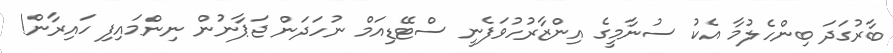
ބާރުގަދަ ބިންހެލުމާ އެކު ސުނާމީގެ އިންޒާރުހުވަފެނީ ސްޓޭޑިއަމް ނުހަދަން ޖަޕާނުން ނިންމައިފި ހައިރާން!